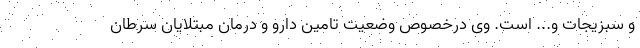
و سبزیجات و... است. وی درخصوص وضعیت تامین دارو و درمان مبتلایان سرطان